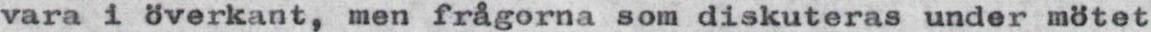
vara i överkant, men frågorna som diskuteras under mötet